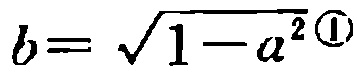
\(b = \sqrt{1 - a^{2}}\textcircled{1}\)